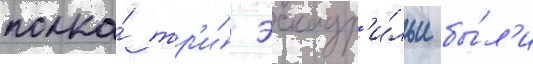
полка́ тр'и́ эскадр'и́льи бы́л'и